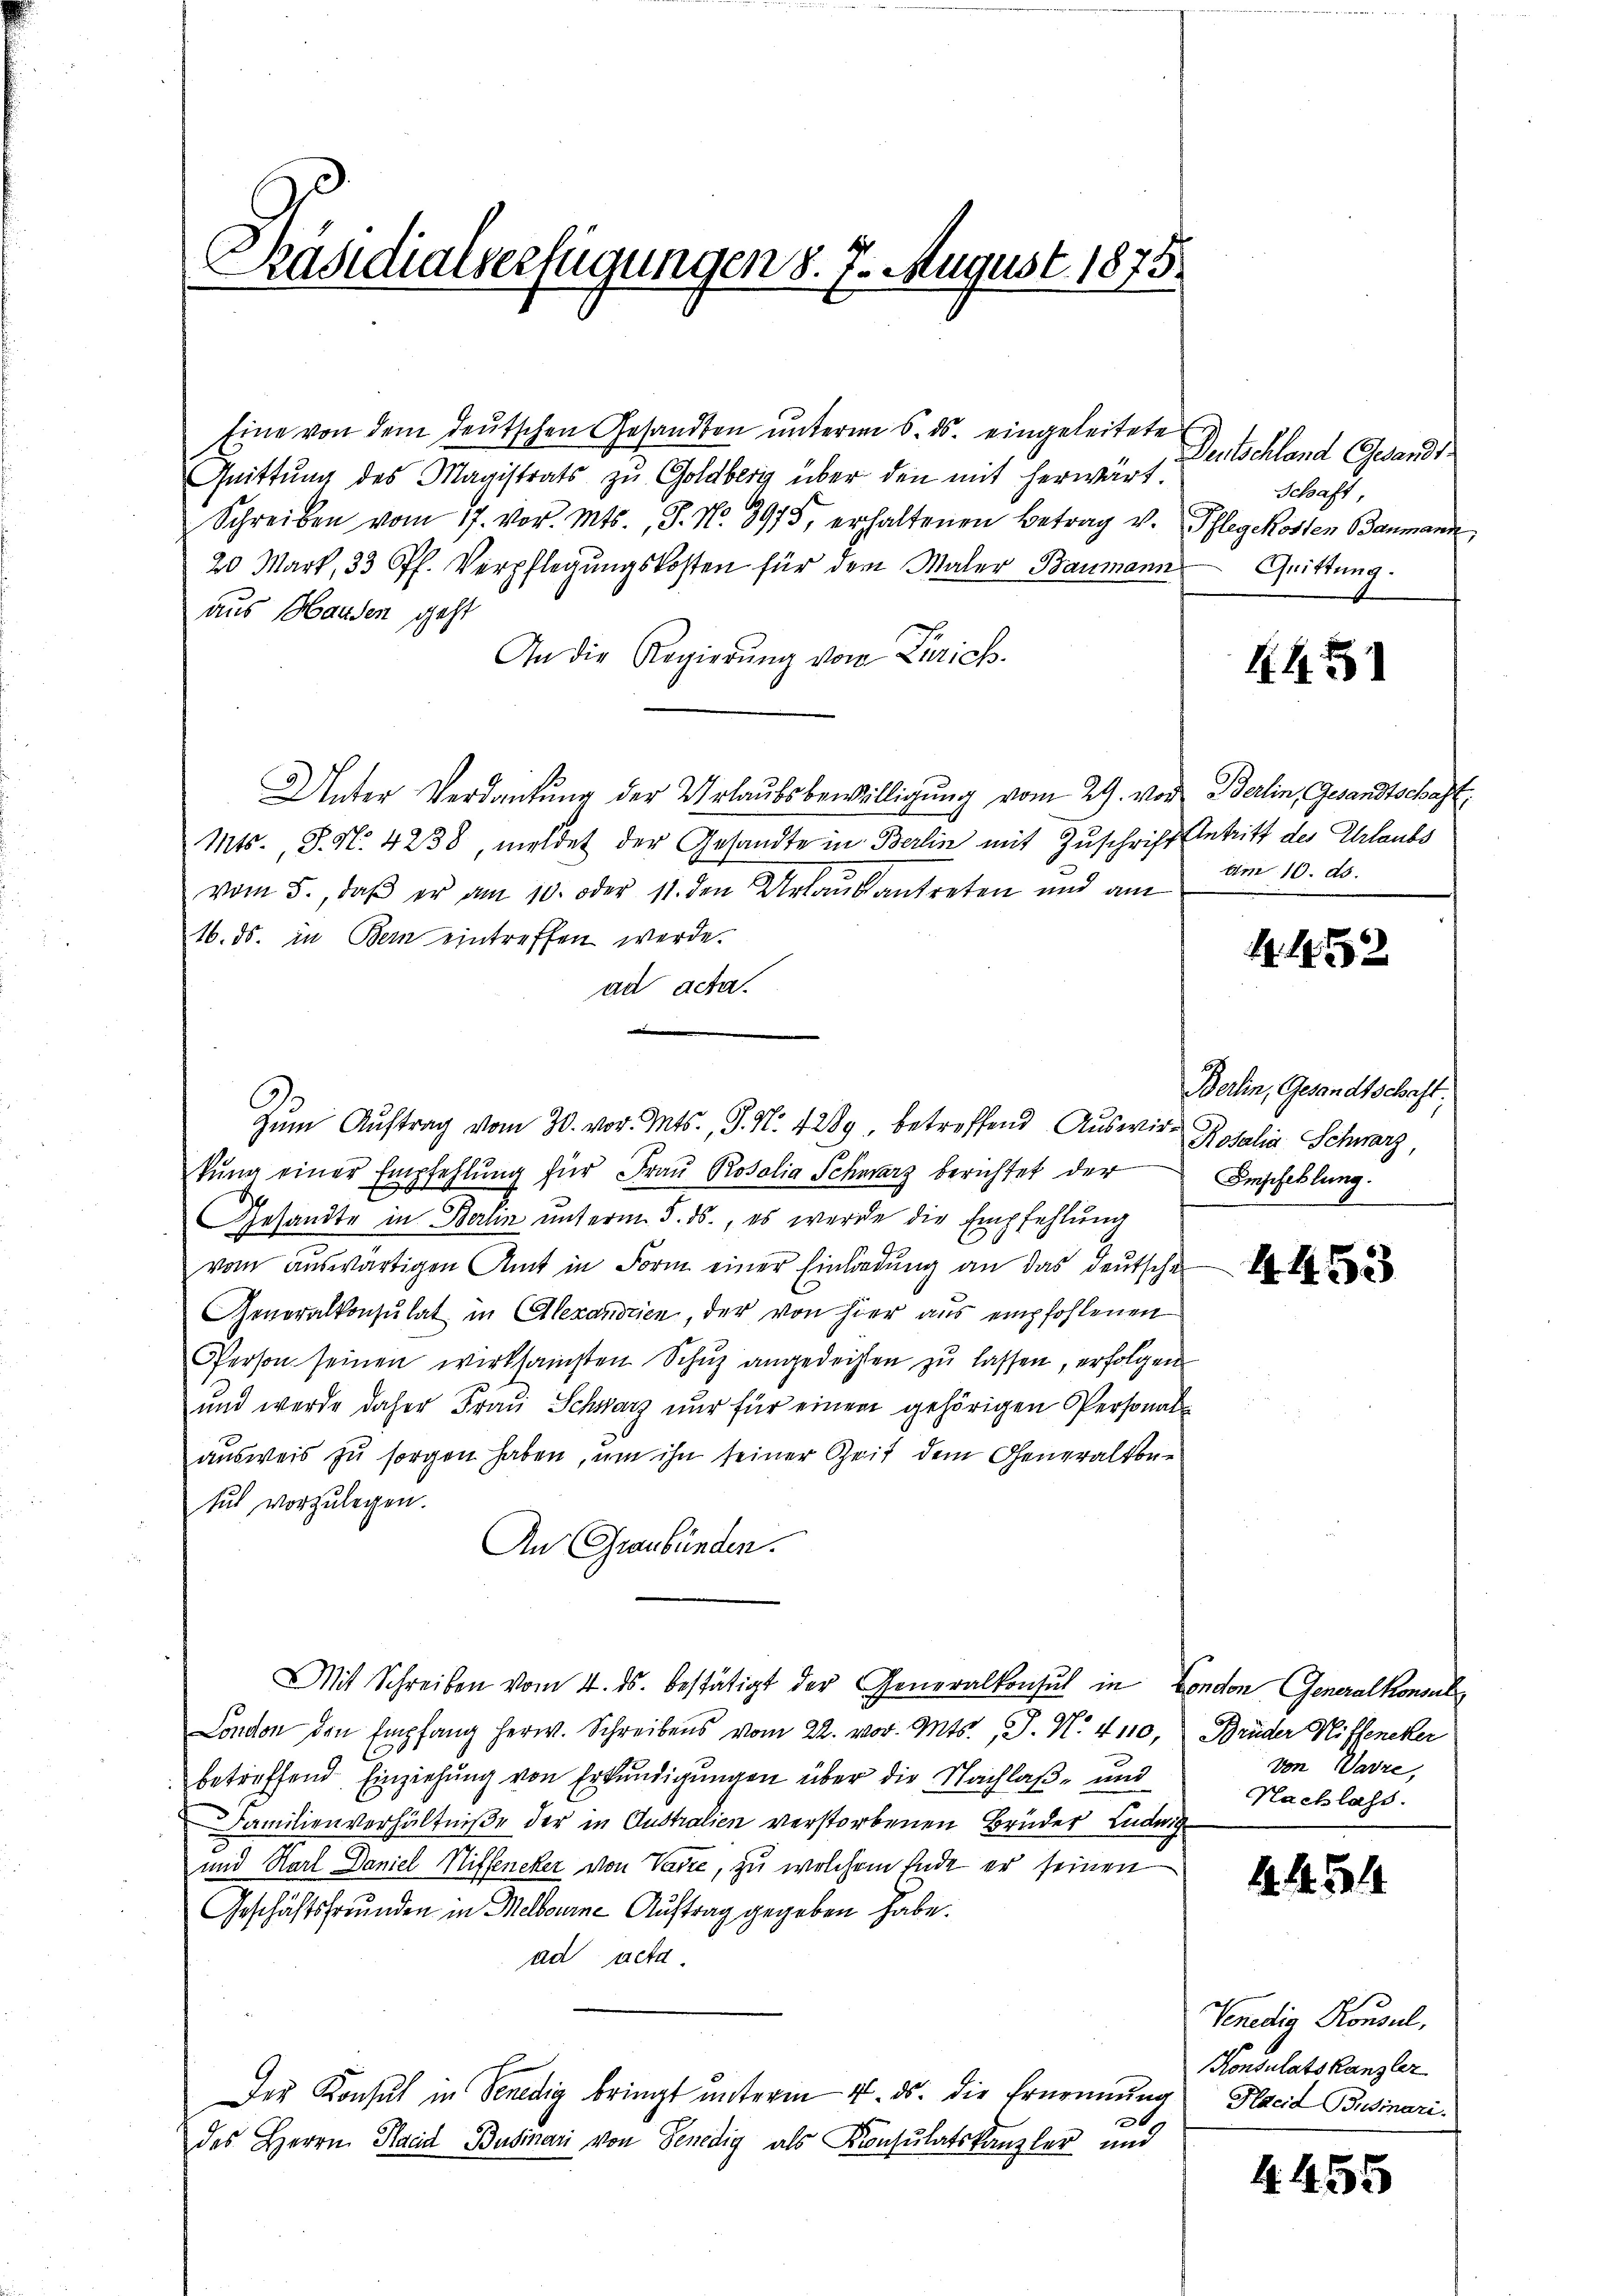
Präsidialverfügungen d. 7. August 1875.
i
e

Eine von dem deutschen Gesandten unterm 6. ds. eingeleitete
Quittung des Magistrats zŭ Goldberg über den mit herwärt.
Schreiben vom 17. vor. Mts., S. Nr. 3975, erhaltenen Betrag v. Pflegekosten Baumann
20 Mart, 33 Pf. Verpflegungskosten für dem Maler Baumann
aus Handen geht
An die Regierŭng von Zürich.
Unter Verdankŭng der Urlaubsbewilligung vom 29. vor Berlin, Gesandtschaft
Mts., S. N. 4238, meldet der Gesandte in Berlin mit Zuschrift Antritt des Ehrlaubs
vom 5., daß er am 10. oder 11. den antreten und am
16. ds. in Bern eintreffen werde.
ad acta.
kŭng einer Empfehlŭng für Frau Rosalia Schwarz berichtet der Einscheklung
Gesandte in Berlin unterm 5. ds., es werde die Empfehlung
vom auswärtigen Amt in Form einer Einladung an das deutschen
Generalkonsulat in Alexandrien, der von hier aus empfohlenen
Person seinen wirksamsten Schŭz angedeihten zu lassen, erfolgen
und werde daher Frau Schwarz nur für einem gehörigen Personals
ausweis zu sorgen haben, um ihn seiner Zeit dem Generalkonsuch vorzulegen.
An Graubünden.
Mit Schreiben vom 4. ds. bestätigt der Generalkonsul in London Generalkonsul
London den Empfang herw. Schreibens vom 22. vor. Mts., J. N. 4110, Brüder Hiffeneker
betreffend Einziehung von Erkundigungen über die Nachlaß- und
Familienverhältniße der in Australien verstorbenen Brüder Ludwig
und Karl Daniel Niffeneker von Vaire, zu welchem Ende er seinen
Geschäftsfreunden in Melbourne Auftrag gegeben habe.
ad acta
Der Konsul in Venedig bringt unterm 4. ds. die Ernennung Harid Businari¬
20
des Herrn Hand Businari von Senedig als Konsulatskanzler und

Zŭm Aŭftrag vom 30. vor. Mts., S. N. 4289 betreffend Auswir¬

Denkschland Gewandt
Schaft,
Quittung.

K.A.

Am 10. ds.

A. 1452

Berlin, Gesandtschaft.
Rosalia Schwarz,

von Warze,
Nachlass.

4451

Venedig Konsul,
Konsulatskanzler

4455